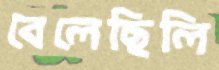
বেলেছিলি